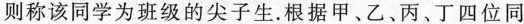
则称该同学为班级的尖子生。根据甲、乙、丙、丁四位同